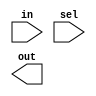
module demux(in,sel,out);
input in;
input[1:0] sel;
output[3:0] out;
assign out[sel]=in;
endmodule